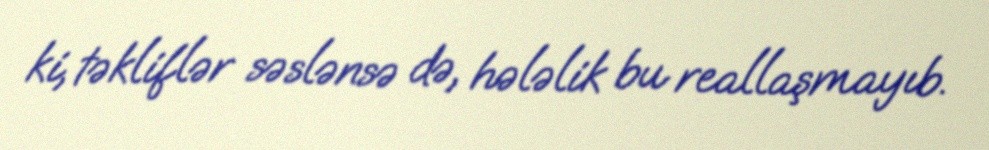
ki, təkliflər səslənsə də, hələlik bu reallaşmayıb.